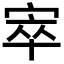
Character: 𡨧